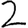
Digit: 2